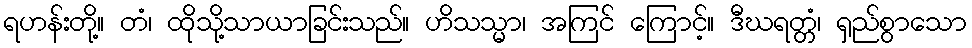
ရဟန်းတို့။ တံ၊ ထိုသို့သာယာခြင်းသည်။ ဟိသသ္မာ၊ အကြင် ကြောင့်။ ဒီဃရတ္တံ၊ ရှည်စွာသော